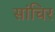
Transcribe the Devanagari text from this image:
सांचिर